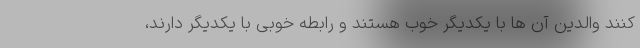
کنند والدین آن ها با یکدیگر خوب هستند و رابطه خوبی با یکدیگر دارند،